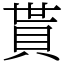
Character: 貰